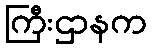
ကြီးဌာနက